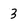
Character: 3